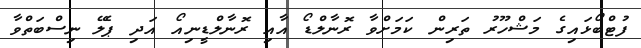
ފުޓްބޯޅައިގެ މަޝްހޫރު ތަރިން ކަމަށްވާ ރޮނާލްޑޯ އާއި ރޮނާލްޑީނިއޯ އަދި ޕެލޭ ނިސްބަތްވާ